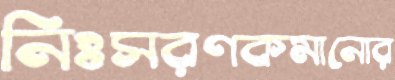
নিঃসরণকমানোর